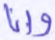
وإنا